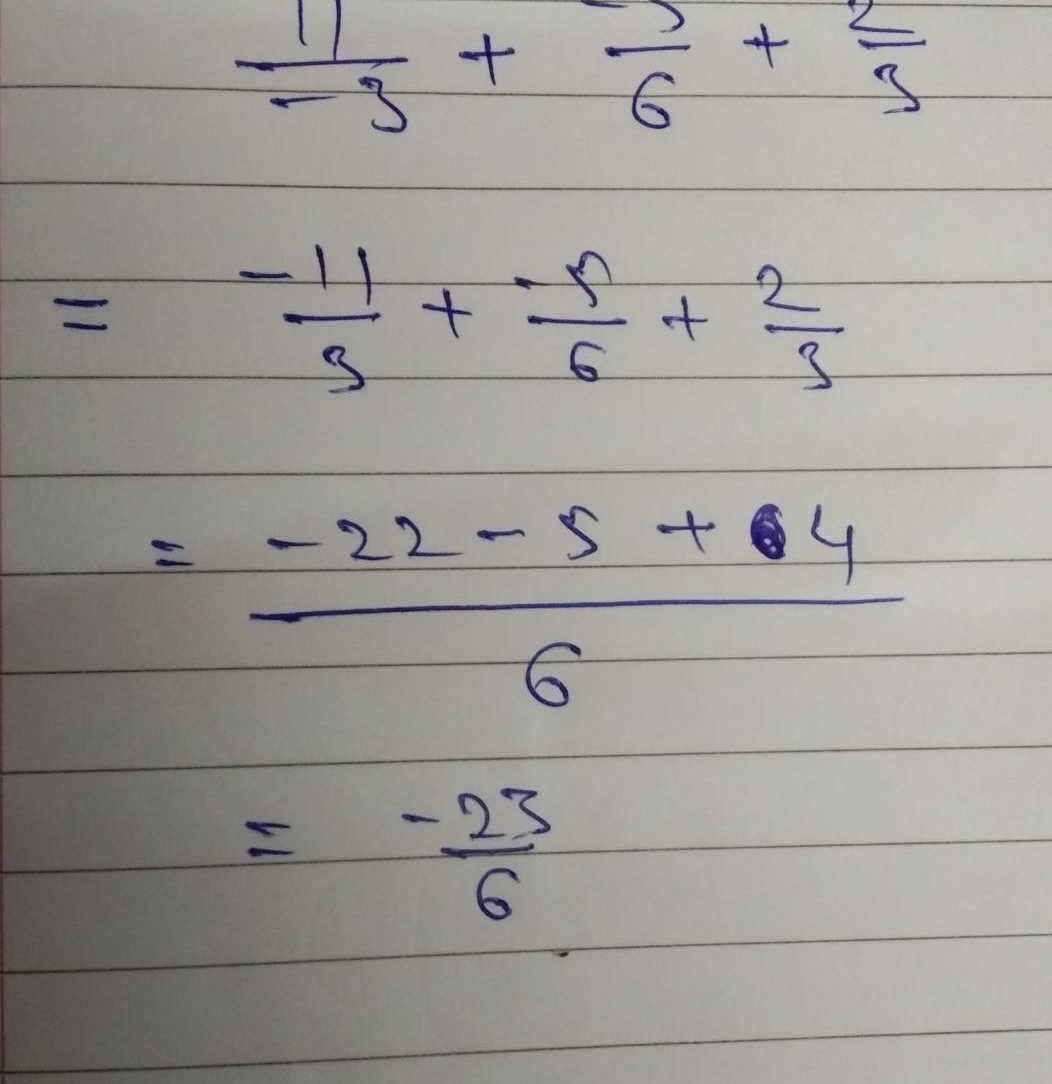
\[
\begin{align*}
&\frac{11}{ - 3}+\frac{-5}{6}+\frac{2}{3}\\
=&\frac{-11}{3}+\frac{-5}{6}+\frac{2}{3}\\
=&\frac{-22 - 5 + 4}{6}\\
=&\frac{-23}{6}
\end{align*}
\]